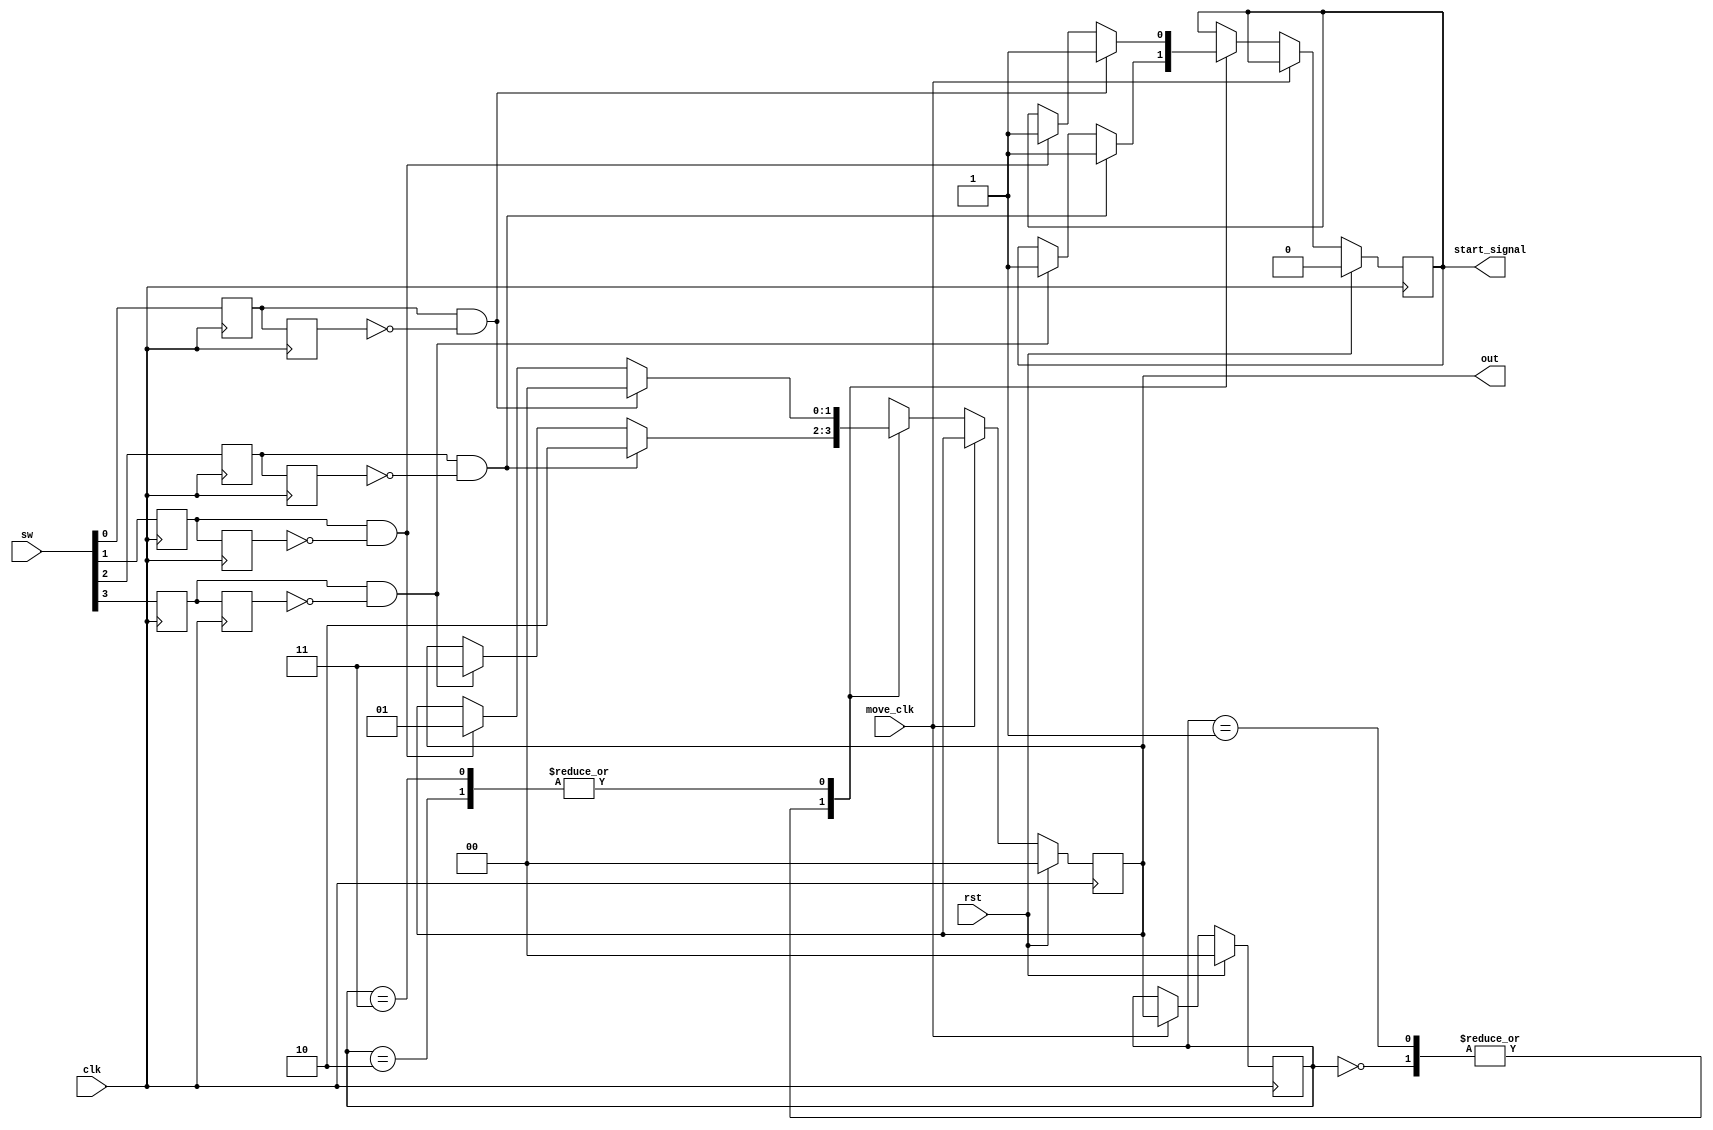
`timescale 1ns / 1ps
//////////////////////////////////////////////////////////////////////////////////
// Company: 
// Engineer: 
// 
// Design Name: 
// Module Name: control
// Project Name: 
// Target Devices: 
// Tool Versions: 
// Description: 
// 
// Dependencies: 
// 
// Revision:
// Revision 0.01 - File Created
// Additional Comments:
// 
//////////////////////////////////////////////////////////////////////////////////


module control(
    input wire [3:0] sw,  // four switches, [0] right [1] left [2] down [3] up
    input wire clk,
    input wire move_clk,
    input wire rst,
    output wire start_signal,
    // output wire o_write_en,
    output wire [1:0]out    // 00 right     01 left         10 down         11 up
);

reg[1:0] data;
// reg write_en;
reg[1:0] current;
reg start;
assign out = data;
// assign o_write_en = write_en;
assign start_signal = start;
initial
begin
    data <= 2'b00;
//    write_en = 0;
    current <= 2'b00;
    start <= 0;
end

reg sw_buff [7:0];

always @(posedge clk)
begin
    sw_buff [7] <= sw_buff [6];
    sw_buff [5] <= sw_buff [4];
    sw_buff [3] <= sw_buff [2];
    sw_buff [1] <= sw_buff [0];
    sw_buff [6] <= sw [3]; 
    sw_buff [4] <= sw [2];
    sw_buff [2] <= sw [1];
    sw_buff [0] <= sw [0];
    if (rst)
    begin
        data <= 2'b00;
        current <= 2'b00;
        start <= 0;
    end
    else  if (move_clk)
        current <= data;
    else
    begin
    case (current)
    2'b00:              // 00 right
    begin
        if (sw_buff [4] && ~sw_buff [5])
        begin
            start <= 1;
            data <= 2'b10;// 10 down
 //           write_en = 1;
        end
        else if(sw_buff [6] && ~sw_buff [7])
        begin
            start <= 1;
            data <= 2'b11;//11 up
        end
        else
        begin
            current <= current;
            data <= data;
 //           write_en = 0;
        end
    end
    2'b01:  // 01 left 
    begin
        if (sw_buff [4] && ~sw_buff [5])
        begin
            start <= 1;
            data <= 2'b10;// 10 down
 //           write_en = 1;
        end
        else if(sw_buff [6] && ~sw_buff [7])
        begin
            start <= 1;
            data <= 2'b11;//11 up
//            write_en = 1;
        end
        else
        begin
            current <= current;
            data <= data;
 //           write_en = 0;
        end
    end
    2'b10:// 10 down 
    begin
        if (sw_buff [0] && ~sw_buff [1])
        begin
            start <= 1;
            data <= 2'b00;// 00 right
//            write_en = 1;
        end
        else if(sw_buff [2] && ~sw_buff [3])
        begin
            start <= 1;
            data <= 2'b01;// 01 left
 //           write_en = 1;
        end
        else
        begin
            current <= current;
            data <= data;
 //           write_en = 0;
        end
    end
    2'b11://11 up
    begin
        if (sw_buff [0] && ~sw_buff [1])
        begin
            start <= 1;
            data <= 2'b00;// 00 right
 //           write_en = 1;
        end
        else if(sw_buff [2] && ~sw_buff [3])
        begin
            start <= 1;
            data <= 2'b01;// 01 left
 //           write_en = 1;
        end
        else
        begin
            current <= current;
            data <= data;
 //           write_en = 0;
        end
    end
    endcase
    end
end

endmodule